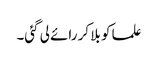
علما کو بلا کر رائے لی گئی۔